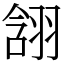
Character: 䎏